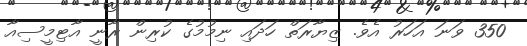
350 ވަނަ އަހަރު އެވެ. ޒިޔާރަތް ހަދައި ނިމުމުގެ ކުރިން ރާނީ އާޓިމީސިއާ